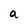
Character: a